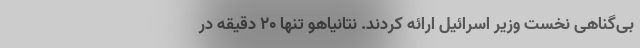
بی‌گناهی نخست وزیر اسرائیل ارائه کردند. نتانیاهو تنها ۲۰ دقیقه در